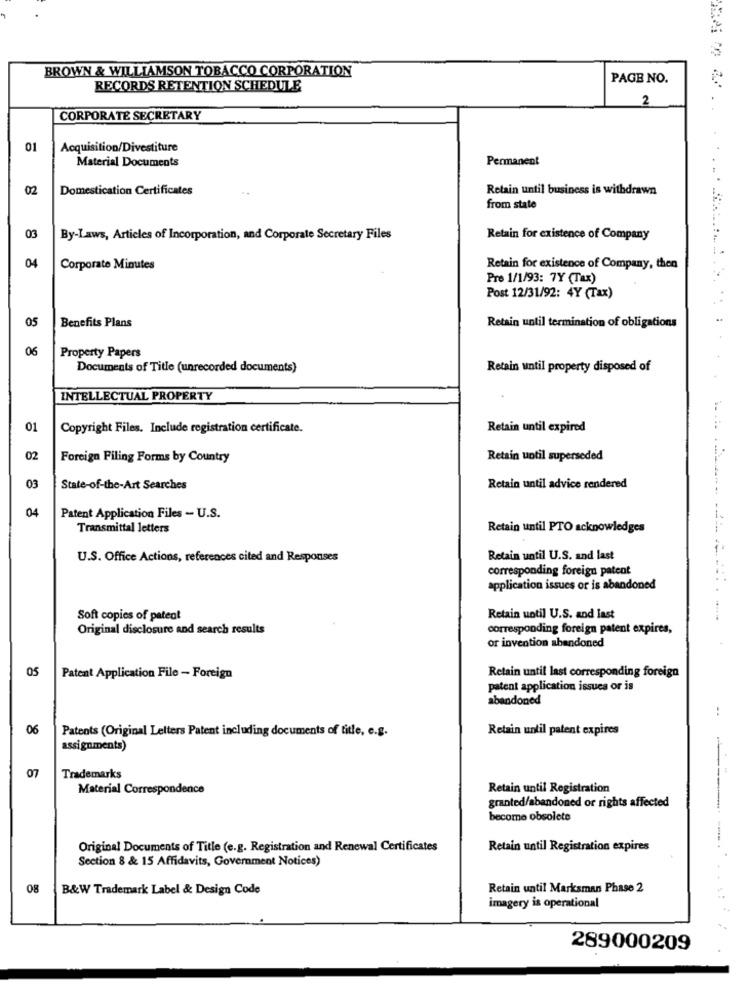
BROWN & WILLIAMSON TOBACCO CORPORATION
PAGE NO.
RECORDS RETENTION SCHEDULE
2
CORPORATE SECRETARY
01
Acquisition/Divestiture
Material Documents
Permanent
02
Domestication Certificates
..
Retain until business is withdrawn
from state
03
By-Laws, Articles of Incorporation, and Corporate Secretary Files
Retain for existence of Company
04
Corporate Minutes
Retain for existence of Company, then
Pre 1/1/93: 7Y (Tax)
Post 12/31/92: 4Y (Tax)
Benefits Plans
05
Retain until termination of obligations
06
Property Papers
Documents of Title (unrecorded documents)
Retain until property disposed of
INTELLECTUAL PROPERTY
01
Copyright Files. Include registration certificate.
Retain until expired
02
Foreign Filing Forms by Country
Retain until superseded
03
State-of-the-Art Searches
Retain until advice rendered
04
Patent Application Files - U.S.
Transmittal letters
Retain until PTO acknowledges
U.S. Office Actions, references cited and Responses
Retain until U.S. and last
corresponding foreign patent
application issues or is abandoned
Soft copies of patent
Retain until U.S. and last
Original disclosure and search results
corresponding foreign patent expires,
or invention abandoned
05
Retain until last corresponding foreign
Patent Application File - Foreign
patent application issues or is
abandoned
06
Patents (Original Letters Patent including documents of title, e.g.
Retain until patent expires
assignments)
07
Trademarks
Material Correspondence
Retain until Registration
granted/abandoned or rights affected
become obsolete
Original Documents of Title (e.g. Registration and Renewal Certificates
Retain until Registration expires
Section 8 & 15 Affidavits, Government Notices)
08
B&W Trademark Label & Design Code
Retain until Marksman Phase 2
imagery is operational
289000209